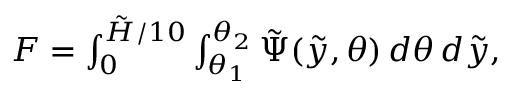
\begin{array} { r } { F = \int _ { 0 } ^ { \tilde { H } / 1 0 } \int _ { \theta _ { 1 } } ^ { \theta _ { 2 } } \tilde { \Psi } ( \tilde { y } , \theta ) \, d \theta \, d \tilde { y } , } \end{array}